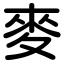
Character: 麥